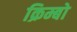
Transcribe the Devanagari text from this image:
क्रिम्बो